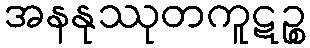
အနနုဿုတကူဋဉ္စ